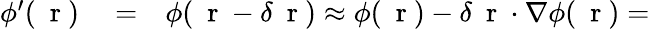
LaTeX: \begin{array}{rlr}{\phi^{\prime}(\mathrm{~\mathbf~r~})}&{{}=}&{\phi(\mathrm{~\mathbf~r~}-\delta\mathrm{~\mathbf~r~})\approx\phi(\mathrm{~\mathbf~r~})-\delta\mathrm{~\mathbf~r~}\cdot\nabla\phi(\mathrm{~\mathbf~r~})=}\end{array}